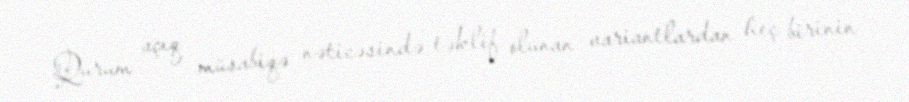
Qurum açıq müsabiqə nəticəsində təklif olunan variantlardan heç birinin